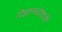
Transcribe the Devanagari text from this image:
विज्ञानकोशाची